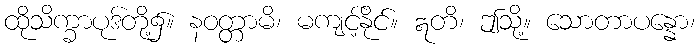
ထိုသိက္ခာပုဒ်တို့၌။ နဝတ္တာမိ၊ မကျင့်နိုင်။ ဣတိ၊ ဤသို့။ သောတာပန္နော၊